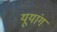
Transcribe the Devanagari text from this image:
यूयांग